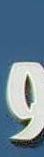
و